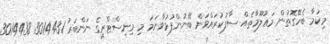
މިކަމާ ބެހޭގޮތުން މަޢުލޫމާތެއް ސާފުކުރައްވަން ބޭނުންފުޅުވާނަމަ މި މިނިސްޓްރީގެ ނަންބަރު 3014431 3014438